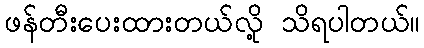
ဖန်တီးပေးထားတယ်လို့ သိရပါတယ်။